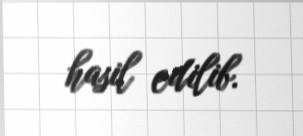
hasil edilib.